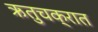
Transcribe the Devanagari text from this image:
ऋतुचक्रात